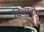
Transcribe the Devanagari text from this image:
विचारोम